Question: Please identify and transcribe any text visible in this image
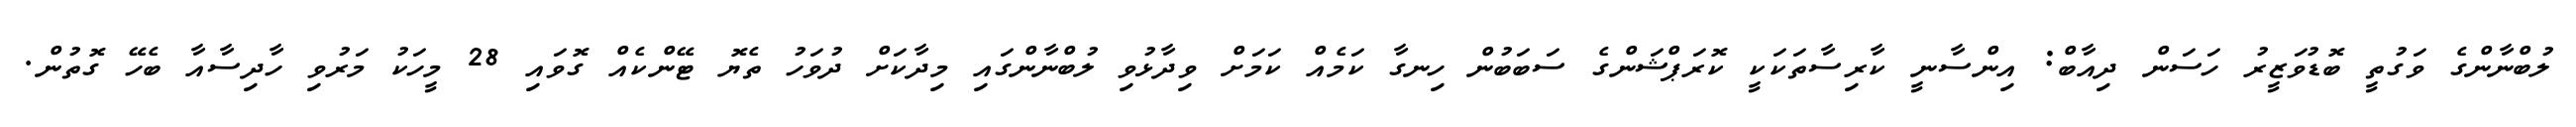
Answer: ލުބްނާންގެ ވަގުތީ ބޮޑުވަޒީރު ހަސަން ދިއާބް: އިންސާނީ ކާރިސާތަކަކީ ކޮރަޕްޝަންގެ ސަބަބުން ހިނގާ ކަމެއް ކަމަށް ވިދާޅުވި ލުބްނާންގައި މިދާކަށް ދުވަހު ތެޔޮ ޓޭންކެއް ގޮވައި 28 މީހަކު މަރުވި ހާދިސާއާ ބެހޭ ގޮތުން.